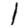
Digit: 1